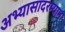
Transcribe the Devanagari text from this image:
अभ्यासादरम्यान